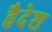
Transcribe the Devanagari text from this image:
हैदेश